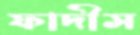
ফাদীস